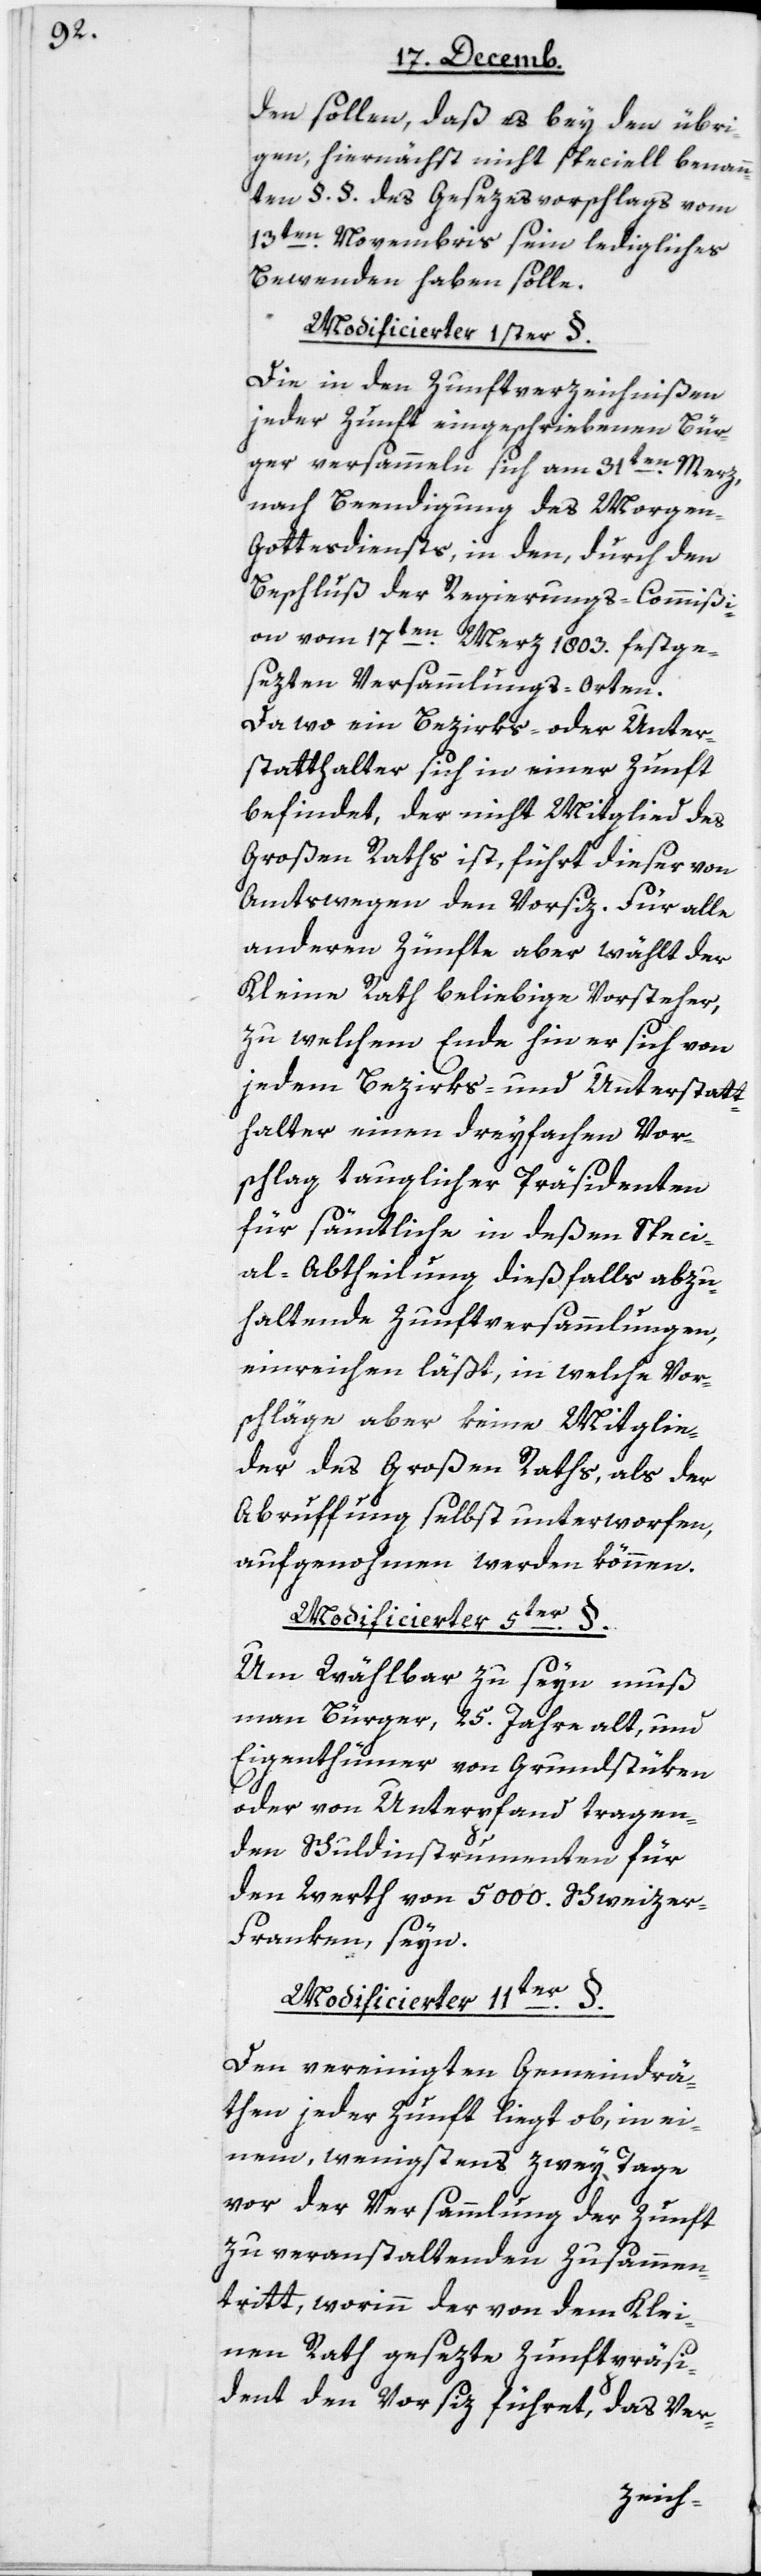
den sollen, daß es bey den übri¬
gen, hiernächst nicht speciell benann¬
ten § § des Gesezesvorschlags vom
13ten Novembris sein ledigliches
Bewenden haben solle.
Modificierter 1ster §.
Die in den Zunftverzeichnißen
jeder Zunft eingeschriebenen Bür¬
ger versammeln sich am 31ten März
nach Beendigung des Morge¬
n-Gottesdiensts, in den, durch den
Beschluß der Regierungs-Commißi¬
on vom 17ten März 1803 festge¬
sezten Versammlungs-Orten.
Da wo ein Bezirks- oder Unter¬
statthalter sich in einer Zunft
befindet, der nicht Mitglied des
Großen Raths ist, führt dieser von
Amts wegen den Vorsiz. Für alle
anderen Zünfte aber wählt der
Kleine Rath beliebige Vorsteher,
zu welchem Ende hin er sich von
jedem Bezirks- und Unterstatt¬
halter einen dreyfachen Vor¬
schlag tauglicher Präsidenten
für sämtliche in deßen Speci¬
al-Abtheilung dießfalls abzu¬
haltende Zunftversammlungen,
einreichen läßt, in welche Vor¬
schläge aber keine Mitglie¬
der des Großen Raths, als der
Abruffung selbst unterworfen,
aufgenohmen werden können.
Modificierter 5ter §.
Um wählbar zu seyn, muß
man Bürger, 25 Jahre alt, und
Eigenthümer von Grundstüken
oder von Unterpfand tragen¬
den Schuldinstrumenten für
den Wert von 5000 Schweizer¬
franken seyn.
Modificierter 11ter §.
Den vereinigten Gemeindrä¬
then jeder Zunft liegt ob, in ei¬
nem, wenigstens zwey Tage
vor der Versammlung der Zunft
zu veranstaltenden Zusammen¬
tritt, worinn der von dem Klei¬
nen Rath gesezte Zunftpräsi¬
dent den Vorsiz führet, das Ver-